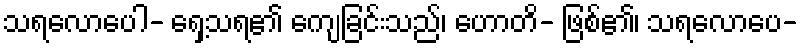
သရလောပေါ- ရှေ့သရ၏ ကျေခြင်းသည်၊ ဟောတိ- ဖြစ်၏၊ သရလောပေ-